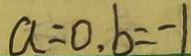
a = 0 , b = - 1